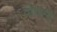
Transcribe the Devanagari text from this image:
प्रोग्रामो